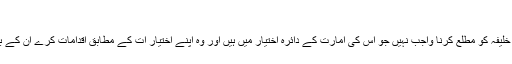
ـ	دفعہ نمبر 55:…
دفعہ نمبر 55: والی کے اوپر ان امور کے بارے میں خلیفہ کو مطلع کرنا واجب نہیں جو اس کی امارت کے دائرہ اختیار میں ہیں اور وہ اپنے اختیار ات کے مطابق اقدامات کرے ان کے بارے میں خلیفہ کو آگاہ کرنا اختیاری ہے لازمی نہیں۔